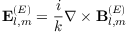
\mathbf { E } _ { l , m } ^ { ( E ) } = { \frac { i } { k } } \nabla \times \mathbf { B } _ { l , m } ^ { ( E ) }